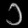
Digit: ၁